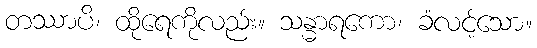
တဿာပိ၊ ထိုရေကိုလည်း။ သန္ဓာရကော၊ ခံလင့်သော။